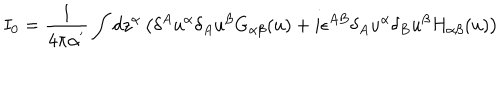
I _ { 0 } = \frac 1 { 4 \pi \alpha ^ { ^ { \prime } } } \int d z ^ { \alpha } \left( \delta ^ { A } u ^ { \alpha } \delta _ { A } u ^ { \beta } G _ { \alpha \beta } ( u ) + i \epsilon ^ { A B } \delta _ { A } u ^ { \alpha } \delta _ { B } u ^ { \beta } H _ { \alpha \beta } ( u ) \right)